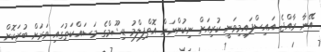
އޭނާ ރާއްޖެ އައިސްފައިމިވަނީ ކުރިއަށް ނިކުންނަން އޮތްފިލްމު ޑިޝޫމްގެ މަސައްކަތުގައި ވަރަށް ބުރަކޮށް